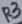
Text: R3